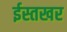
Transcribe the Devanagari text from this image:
ईस्तखर